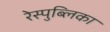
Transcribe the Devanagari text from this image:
रेस्पुब्लिका